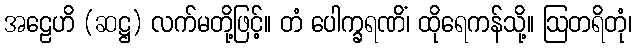
အဠေဟိ (ဆဋ္ဌ) လက်မတို့ဖြင့်။ တံ ပေါက္ခရဏိံ၊ ထိုရေကန်သို့။ ဩတရိတုံ၊